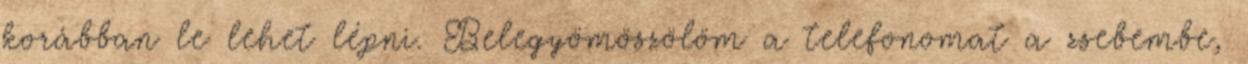
korábban le lehet lépni. Belegyömöszölöm a telefonomat a zsebembe,